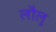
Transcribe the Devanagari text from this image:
लौलु